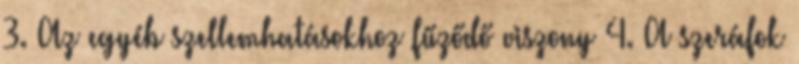
3. Az egyéb szellemhatásokhoz fűződő viszony 4. A szeráfok